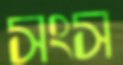
সংস